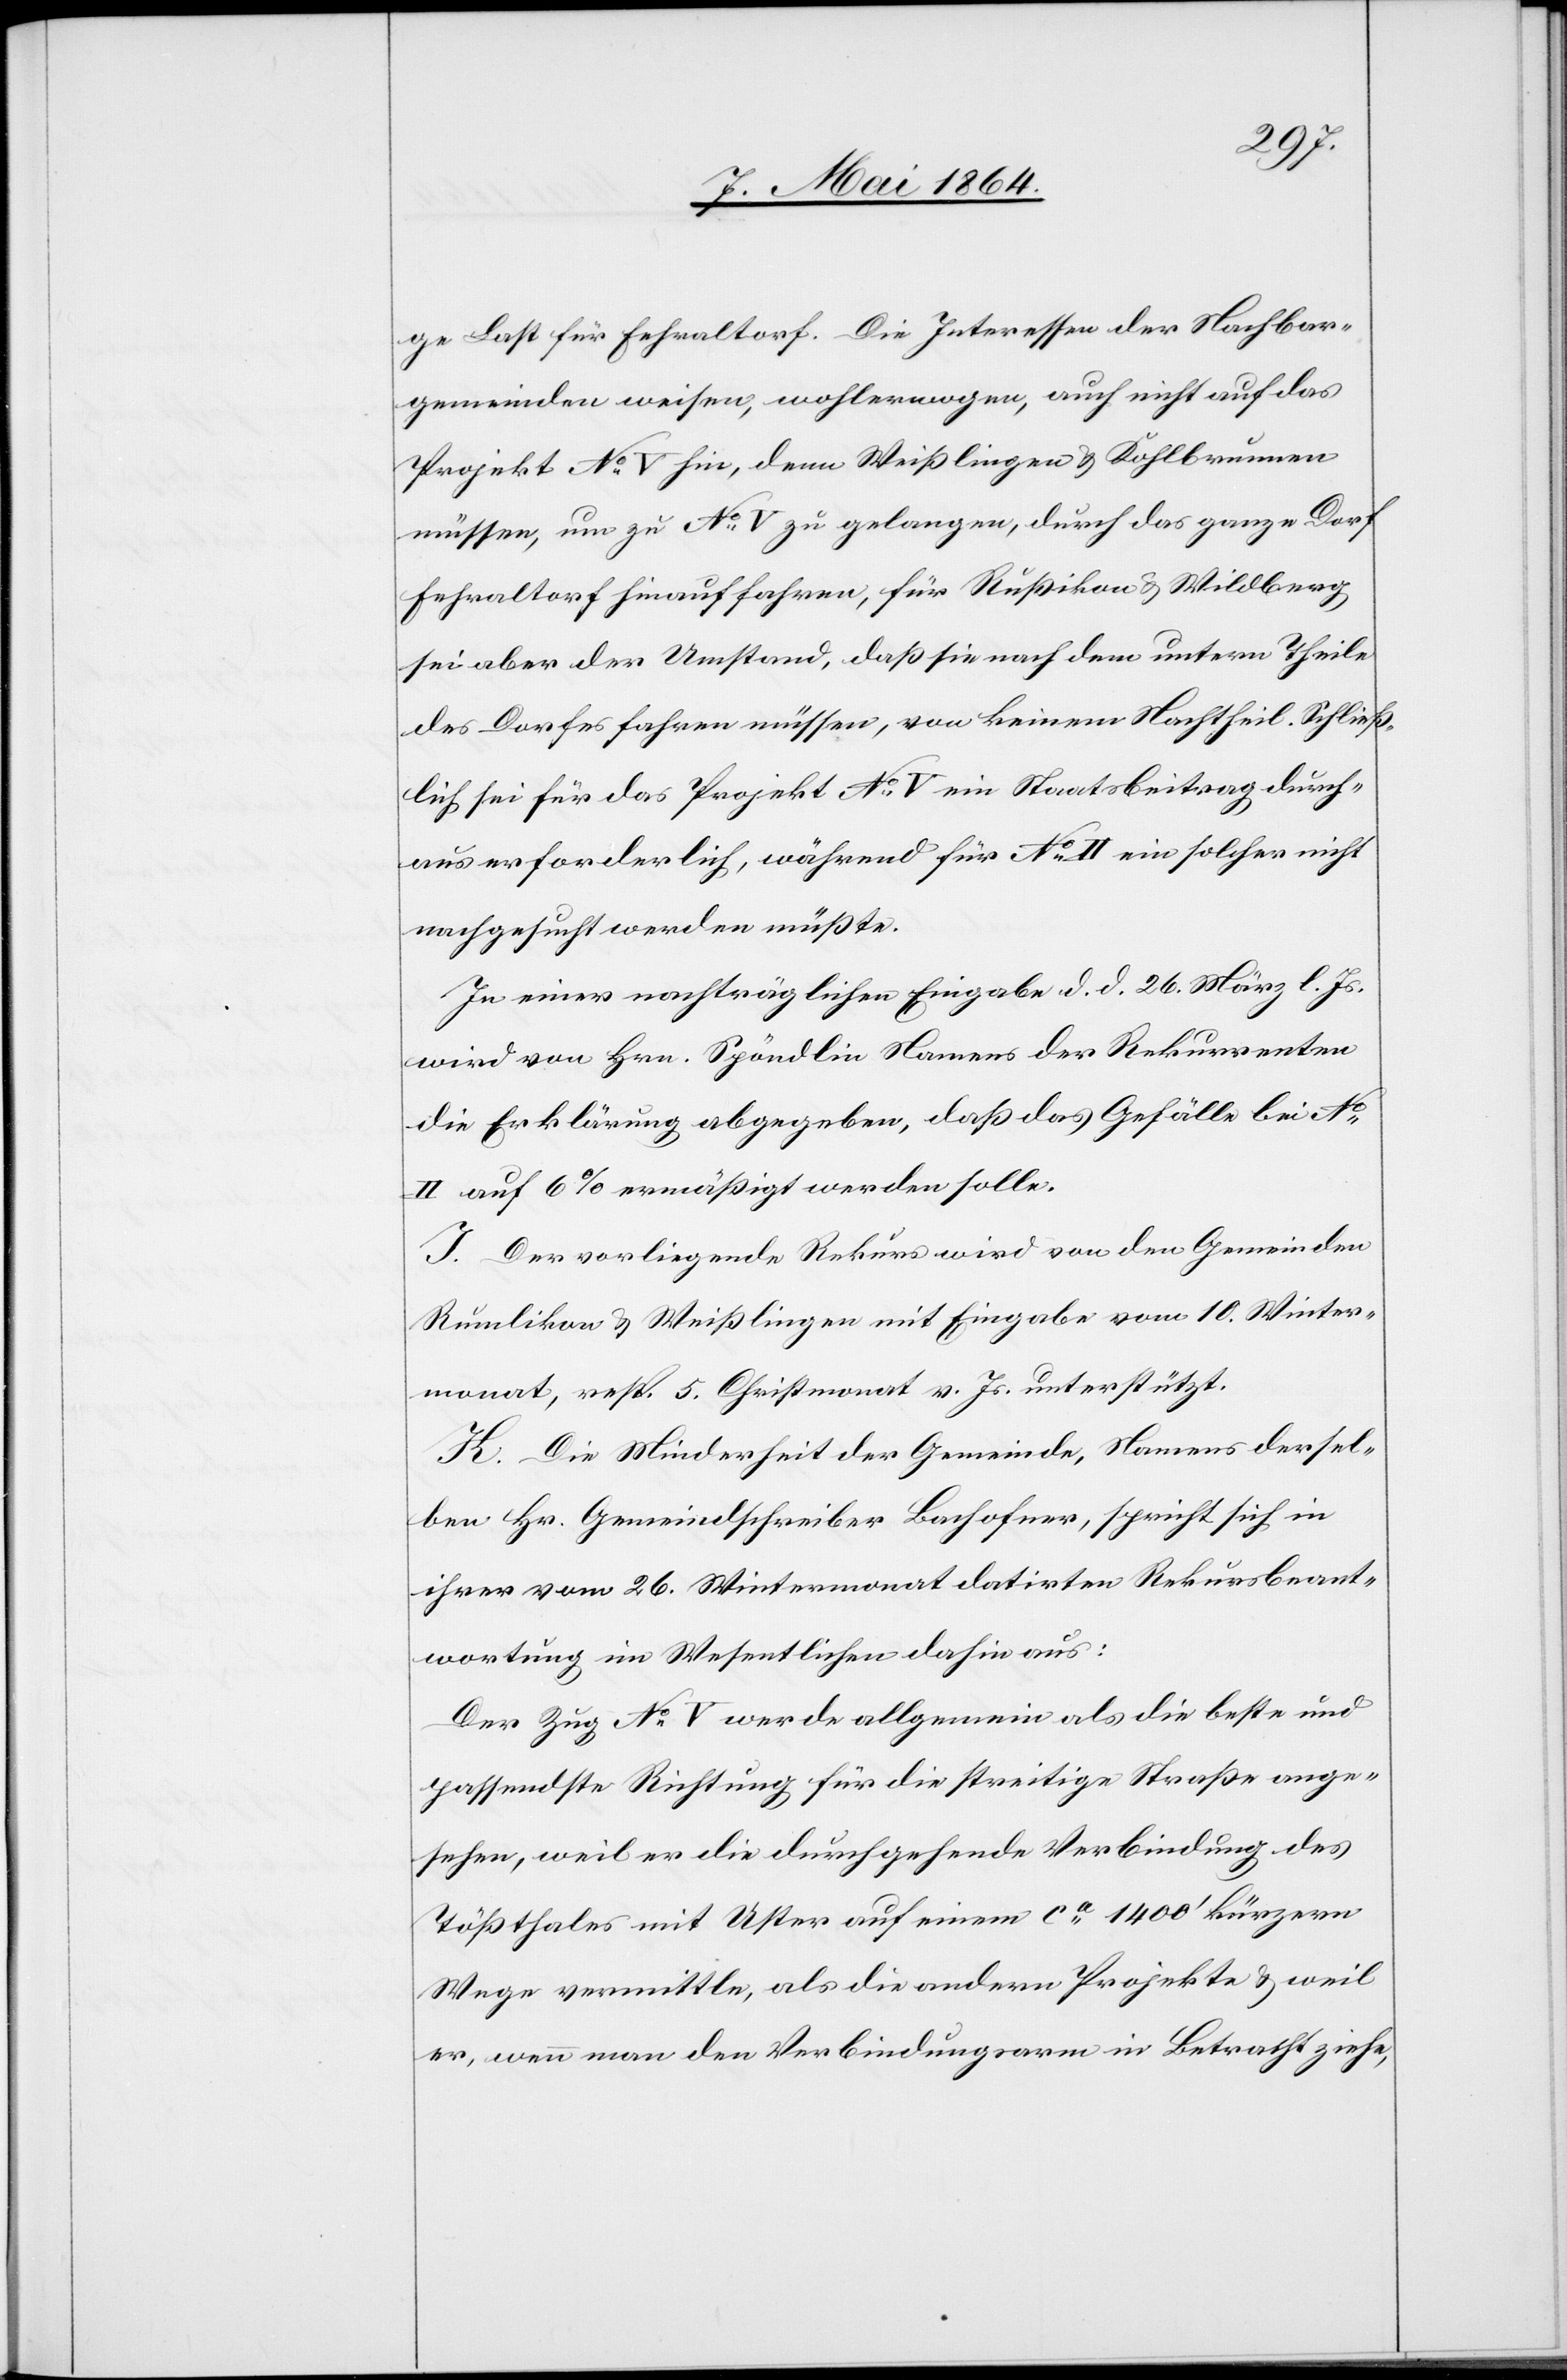
ge Last für Fehraltorf. Die Interessen der Nachbar¬
gemeinden weisen, wohlerwogen, auch nicht auf das
Projekt No V hin, denn Weißlingen u. Kohlbrunnen
müssen, um zu No V zu gelangen, durch das ganze Dorf
Fehraltorf hinauf fahren, für Rußikon u. Wildberg
sei aber der Umstand, daß sie nach dem untern Theile
des Dorfes fahren müssen, von keinem Nachtheil. Schließ¬
lich sei für das Projekt No V ein Staatsbeitrag durch¬
aus erforderlich, während für No II ein solcher nicht
nachgesucht werden müßte.
In einer nachträglichen Eingabe d. d. 26. März l. Js.
wird von Hrn. Spöndlin Namens der Rekurrenten
die Erklärung abgegeben, daß das Gefälle bei No
II auf 6% ermäßigt werden wolle.
I. Der vorliegende Rekurs wird von den Gemeinden
Rumlikon u. Weißlingen mit Eingabe vom 10. Winter¬
monat, resp. 5. Christmonat v. Js. unterstützt.
K. Die Minderheit der Gemeinde, Namens dersel¬
ben Hr. Gemeindschreiber Bachofner, spricht sich in
ihrer vom 26. Wintermonat datirten Rekursbeant¬
wortung im Wesentlichen dahin aus:
Der Zug No V werde allgemein als die beste und
passendste Richtung für die streitige Straße ange¬
sehen, weil er die durchgehende Verbindung des
Tößthales mit Uster auf einem ca 1400’ kürzern
Wege vermittle, als die andern Projekte u. weil
es, wenn man den Verbindungsarm in Betracht ziehe,